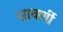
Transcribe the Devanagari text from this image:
सावर्णी